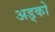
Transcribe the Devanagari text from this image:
अड्को